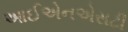
આઈએનએસટી